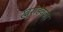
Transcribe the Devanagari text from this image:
खुराडेवजा